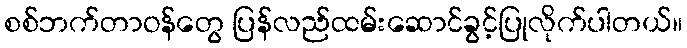
စစ်ဘက်တာဝန်တွေ ပြန်လည်ထမ်းဆောင်ခွင့်ပြုလိုက်ပါတယ်။